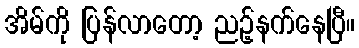
အိမ်ကို ပြန်လာတော့ ညဉ့်နက်နေပြီ။